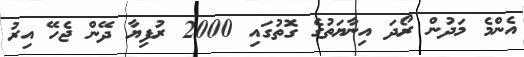
އެންމެ މަދުން ރޯދަ އިނާޔަތުގެ ގޮތުގައި 2000 ރުފިޔާ ދޭން ޖެހޭ އިރު